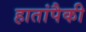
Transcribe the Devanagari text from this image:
हातांपैकी